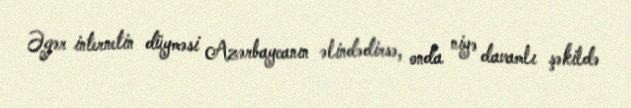
Əgər internetin düyməsi Azərbaycanın əlindədirsə, onda niyə davamlı şəkildə